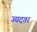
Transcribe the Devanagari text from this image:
ज्यदतर